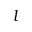
l